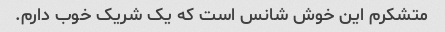
متشکرم این خوش شانس است که یک شریک خوب دارم.